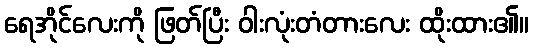
ရေအိုင်လေးကို ဖြတ်ပြီး ဝါးလုံးတံတားလေး ထိုးထား၏။